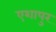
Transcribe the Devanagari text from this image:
एशापुर